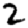
Digit: 2